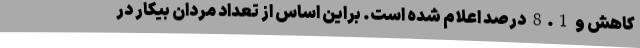
کاهش و 8.1 درصد اعلام شده است. براین اساس از تعداد مردان بیکار در